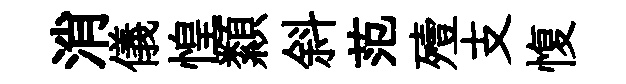
消儀惶纇斜范殪支愎